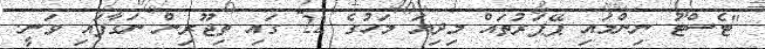
"ޓެސްޓު ނިންމައި ޕޭޕަރުތައް މިދިޔަ މަހުގެ 22 ގައި ތިޖޫރިން ނަގާފައި ވަނީ.